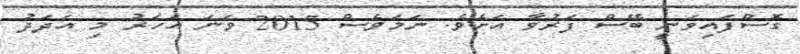
ގޮސްފައިވަނީ ބޭސް ފަރުވާ އަށެވެ. ނަމަވެސް 2015 ވަނަ އަހަރު މި އަދަދު